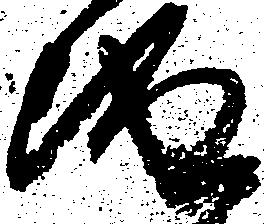
儀